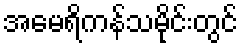
အမေရိကန်သမိုင်းတွင်